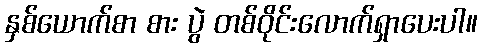
နှစ်ယောက်စာ စား ပွဲ တစ်ဝိုင်းလောက်ရှာပေးပါ။